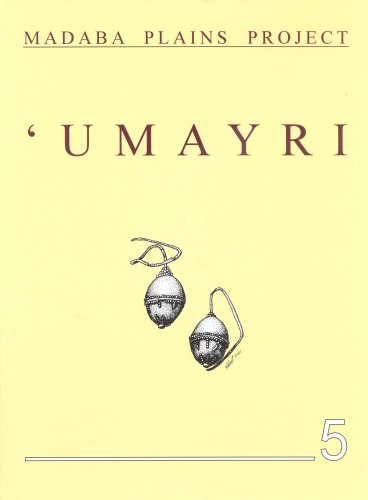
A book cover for Madaba Plains Project: The 1994 Season at Tall Al 'Umayri and Subsequent Studies; History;